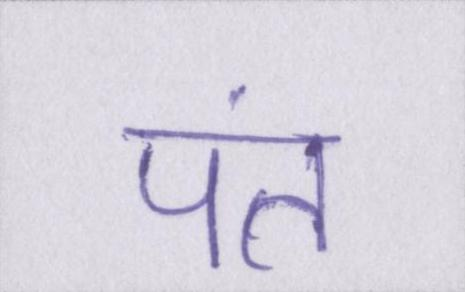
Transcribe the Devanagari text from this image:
पंत